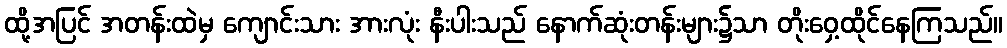
ထို့အပြင် အတန်းထဲမှ ကျောင်းသား အားလုံး နီးပါးသည် နောက်ဆုံးတန်းများ၌သာ တိုးဝှေ့ထိုင်နေကြသည်။